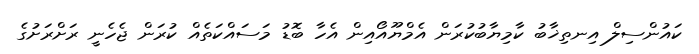
ކައުންސިލް އިނތިޚާބު ކާމިޔާބުކުރަން އެމްޔޫއޯއިން އެހާ ބޮޑު މަސައްކަތެއް ކުރަން ޖެހެނީ ރަށްރަށުގެ